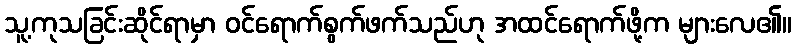
သူ့ကုသခြင်းဆိုင်ရာမှာ ဝင်ရောက်စွက်ဖက်သည်ဟု အထင်ရောက်ဖို့က များလေ၏။